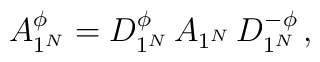
A_{1^N}^{\phi} = D_{1^N}^{\phi}\, A_{1^N}\, D_{1^N}^{-\phi} \,,